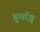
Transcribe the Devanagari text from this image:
बूमरॅङ्ग